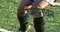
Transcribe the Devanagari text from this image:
ऊष्मारोधन